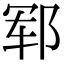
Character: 郓